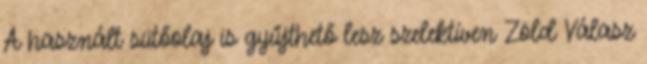
A használt sütőolaj is gyűjthető lesz szelektíven Zöld Válasz